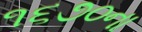
૧૬૭૦ના